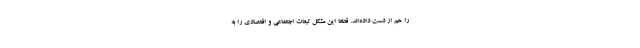
را هم از دست داده‌اند. قطعا این مشکل تبعات اجتماعی و اقتصادی را به